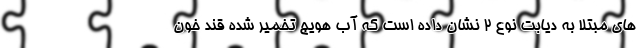
های مبتلا به دیابت نوع 2 نشان داده است که آب هویج تخمیر شده قند خون